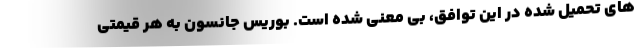
های تحمیل شده در این توافق، بی معنی شده است. بوریس جانسون به هر قیمتی